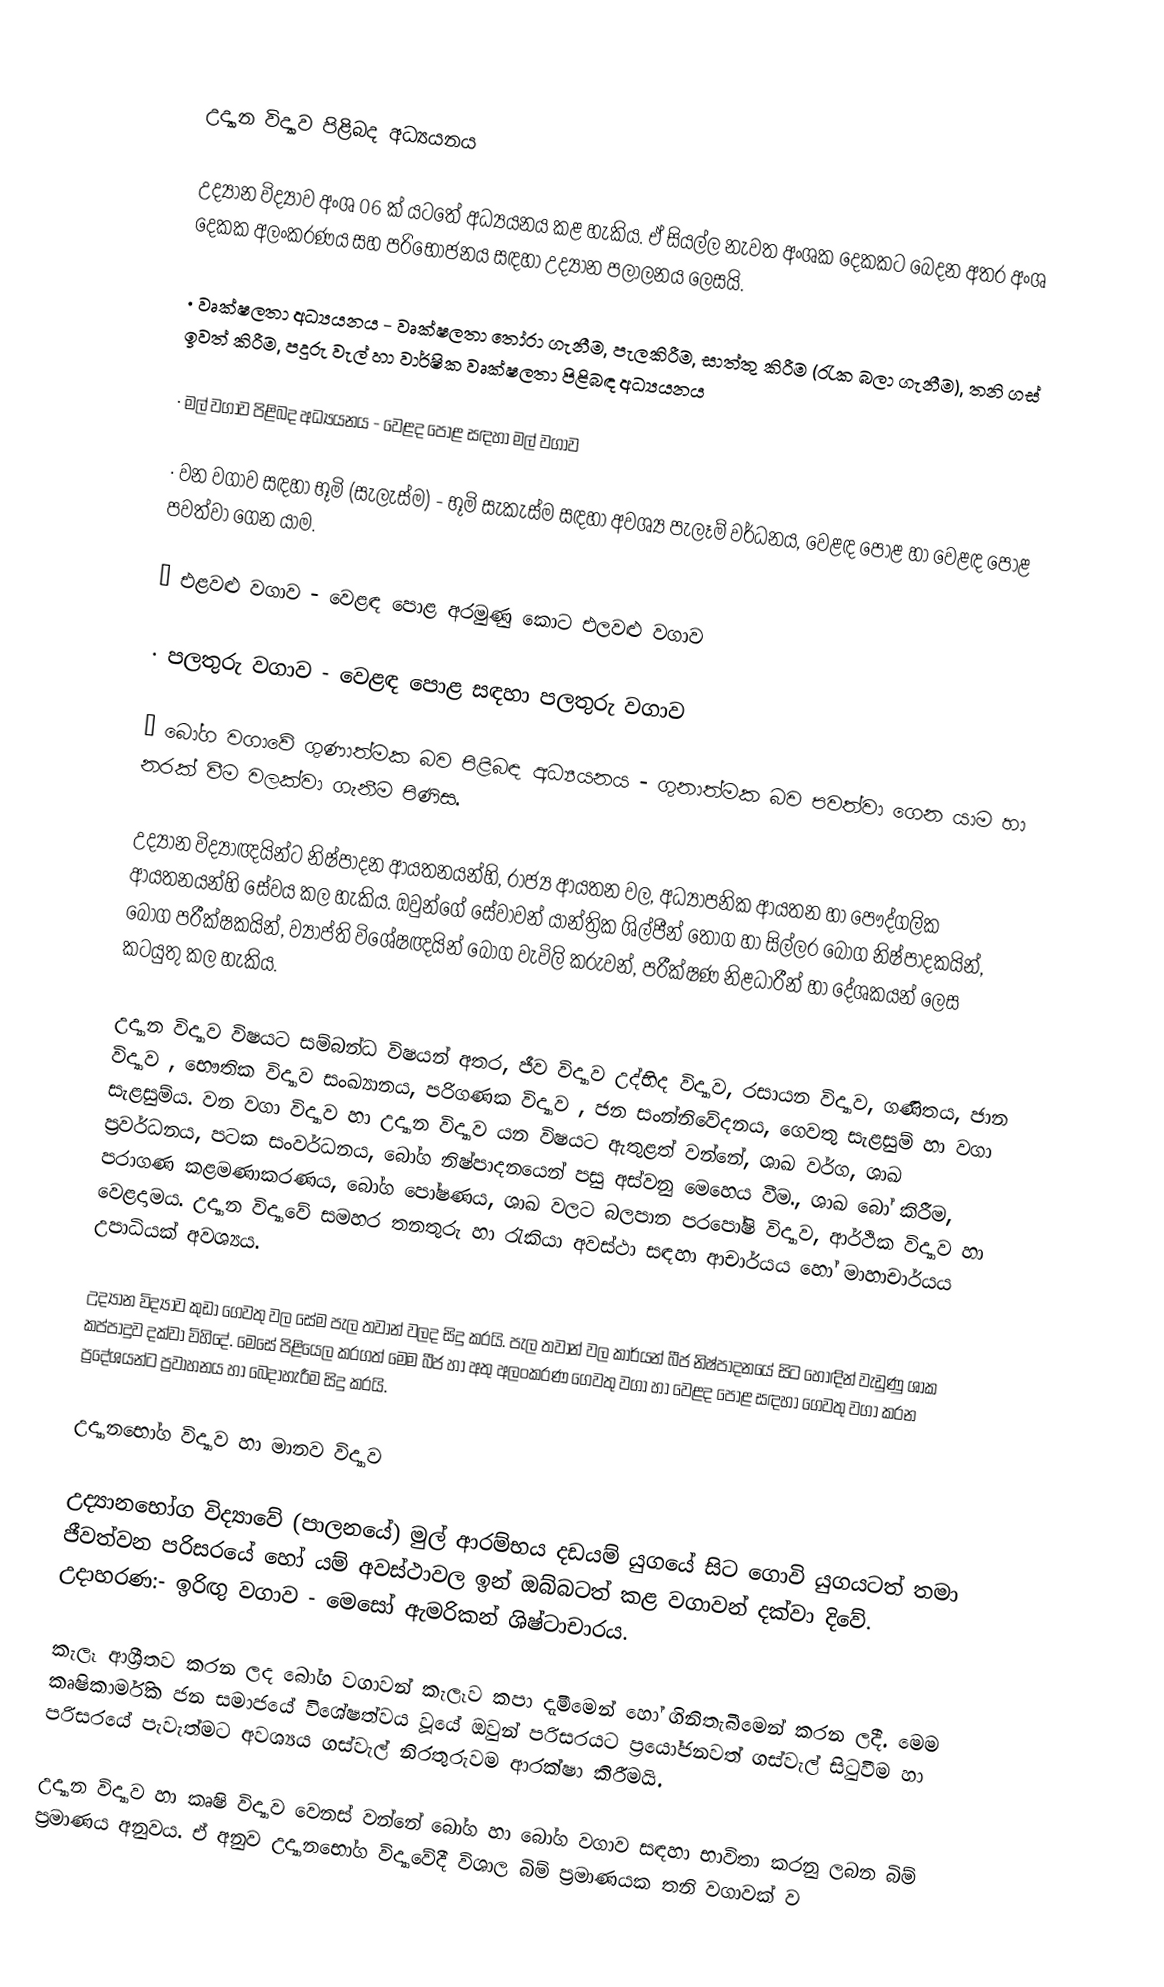

උද්‍යාන විද්‍යාව පිළිබද අධ්‍යයනය

උද්‍යාන විද්‍යාව අංශ 06 ක් යටතේ අධ්‍යයනය කළ හැකිය. ඒ සියල්ල නැවත අංශක දෙකකට බෙදන අතර අංශ දෙකක අලංකරණය සහ පරිභෝජනය සඳහා උද්‍යාන පලාලනය ලෙසයි.

·	වෘක්ෂලතා අධ්‍යයනය - වෘක්ෂලතා තෝරා ගැනීම, පැලකිරීම, සාත්තු කිරීම (රැක බලා ගැනීම), තනි ගස් ඉවත් කිරීම, පදුරු වැල් හා වාර්ෂික වෘක්ෂලතා පිළිබඳ අධ්‍යයනය

·	මල් වගාව පිළිබද අධ්‍යයනය - වෙළද පොළ සඳහා මල් වගාව

·	වන වගාව සඳහා භූමි (සැලැස්ම) - භූමි සැකැස්ම සඳහා අවශ්‍ය පැලෑම් වර්ධනය, වෙළඳ පොළ හා වෙළඳ පොළ පවත්වා ගෙන යාම.

·	එළවළු වගාව - ‍වෙළඳ පොළ අරමුණු කොට එලවළු වගාව

·	පලතුරු වගාව - ‍වෙළඳ පොළ සඳහා  පලතුරු වගාව

·	බෝග වගාවේ ගුණාත්මක බව පිළිබඳ අධ්‍යයනය - ගුනාත්මක බව පවත්වා ගෙන යාම හා නරක් වීම වලක්වා ගැනීම පිණිස.

උද්‍යාන විද්‍යාඥයින්ට නිෂ්පාදන ආයතනයන්හි, රාජ්‍ය ආයතන වල, අධ්‍යාපනික ආයතන හා පෞද්ගලික ආයතනයන්හි සේවය කල හැකිය. ඔවුන්ගේ සේවාවන් යාන්ත්‍රික ශිල්පීන් තොග හා සිල්ලර බෝග නිෂ්පාදකයින්, බෝග පරීක්ෂකයින්, ව්‍යාප්ති විශේෂඥයින් බෝග වැවිලි කරුවන්, පරීක්ෂණ නිළධාරීන් හා දේශකයන් ලෙස කටයුතු කල හැකිය.

උද්‍යාන විද්‍යාව විෂයට සම්බන්ධ විෂයන් අතර, ජීව විද්‍යාව උද්භිද විද්‍යාව, රසායන විද්‍යාව, ගණිතය, ජාන විද්‍යාව , භෞතික විද්‍යාව සංඛ්‍යානය, පරිගණක විද්‍යාව , ජන සංන්නිවේදනය, ගෙවතු සැළසුම් හා වගා සැළසුම්ය. වන වගා විද්‍යාව හා උද්‍යාන විද්‍යාව යන විෂයට ඇතුළත් වන්නේ, ශාඛ වර්ග, ශාඛ ප්‍රවර්ධනය, පටක සංවර්ධනය, බෝග නිෂ්පාදනයෙන් පසු අස්වනු මෙහෙය වීම., ශාඛ බෝ කිරීම, පරාගණ කළමණාකරණය, බෝග පෝෂණය, ශාඛ වලට බලපාන පරපෝෂි විද්‍යාව, ආර්ථික විද්‍යාව හා වෙළදාමය. උද්‍යාන විද්‍යාවේ සමහර තනතුරු හා රැකියා අවස්ථා සඳහා ආචාර්යය හෝ මාහාචාර්යය උපාධියක් අවශ්‍යය.

උද්‍යාන විද්‍යාව කුඩා ගෙවතු වල සේම පැල තවාන් වලද සිදු කරයි. පැල තවාන් වල කාර්යන් බීජ නිෂ්පාදනයේ සිට හොඳින් වැඩුණු ශාක කප්පාදුව දක්වා විහිදේ. මෙසේ පිළියෙල කරගත් මෙම බීජ හා අතු අලංකරණ ගෙවතු වගා හා වෙළද පොළ සඳහා ගෙවතු වගා කරන ප්‍රදේශයන්ට ප්‍රවාහනය හා බෙදාහැරීම සිදු කරයි.

උද්‍යානභෝග විද්‍යාව හා මානව විද්‍යාව

උද්‍යාන‍භෝග විද්‍යාවේ (පාලනයේ) මුල් ආරම්භය දඩයම් යුගයේ සිට ගොවි යුගයටත් තමා ජීවත්වන පරිසරයේ හෝ යම් අවස්ථ‍ාවල ඉන් ඔබ්බටත් කළ වගාවන් දක්වා දිවේ. උදාහරණ:- ඉරිඟු වගාව - මෙසෝ ඇමරිකන් ශිෂ්ටාචාරය.

කැලෑ ආශ්‍රීතව කරන ලද බෝග වගාවන් කැලෑව කපා දැමීමෙන් හෝ ගිනිතැබීමෙන් කරන ලදී. මෙම කෘෂිකාර්මික ජන සමාජයේ විශේෂත්වය වූයේ ඔවුන් පරිසරයට ප්‍රයෝජනවත් ගස්වැල් සිටුවීම හා පරිසරයේ පැවැත්මට අවශ්‍යය ගස්වැල් නිරතුරුවම ආරක්ෂා කිරීමයි.

උද්‍යාන විද්‍යාව හා කෘෂි විද්‍යාව වෙනස් වන්නේ බෝග හා බෝග වගාව සඳහා භාවිතා කරනු ලබන බිම් ප්‍රමාණය අනුවය. ඒ අනුව උද්‍යානභෝග විද්‍යාවේදී විශාල බිම් ප්‍රමාණයක තනි වගාවක් ව